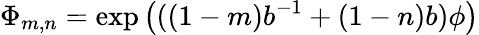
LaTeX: \Phi_{m,n}=\exp\left(((1-m)b^{-1}+(1-n)b)\phi\right)